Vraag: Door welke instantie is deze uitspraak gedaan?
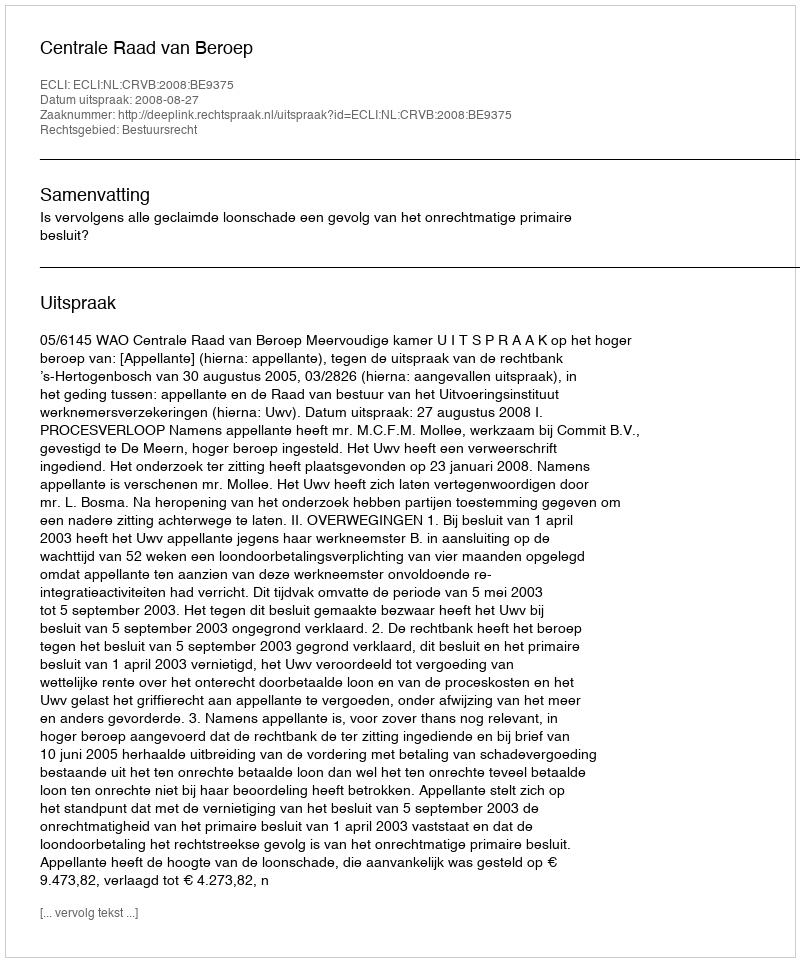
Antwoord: Centrale Raad van Beroep